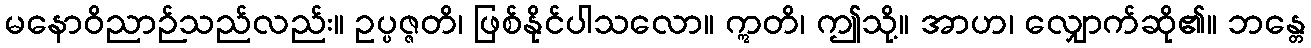
မနောဝိညာဉ်သည်လည်း။ ဥပ္ပဇ္ဇတိ၊ ဖြစ်နိုင်ပါသလော။ ဣတိ၊ ဤသို့။ အာဟ၊ လျှောက်ဆို၏။ ဘန္တေ